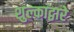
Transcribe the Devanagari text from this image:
शुल्काद्वारे